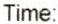
TIME: